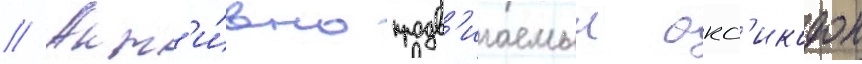
// Акт'и́вно продв'игаемыи окс'икодон